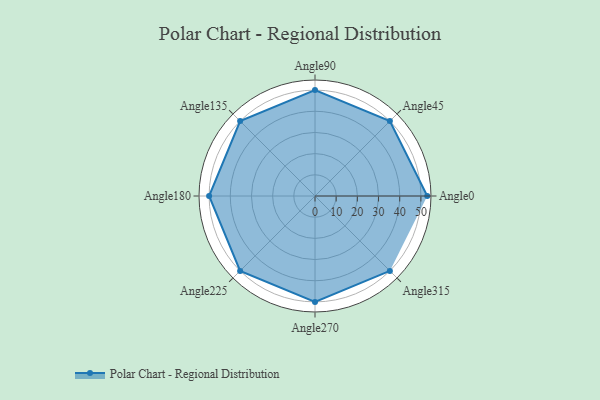
{"axis": {"x": "Angle", "y": "Radius"}, "legend": [""], "data": [{"x": "Angle0", "y": 53.0, "type": ""}, {"x": "Angle45", "y": 50, "type": ""}, {"x": "Angle90", "y": 50, "type": ""}, {"x": "Angle135", "y": 50, "type": ""}, {"x": "Angle180", "y": 50, "type": ""}, {"x": "Angle225", "y": 50, "type": ""}, {"x": "Angle270", "y": 50, "type": ""}, {"x": "Angle315", "y": 50, "type": ""}]}